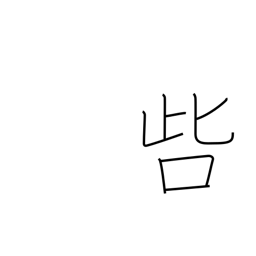
Meaning: censure